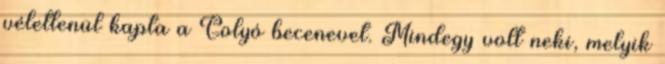
véletlenül kapta a Golyó becenevet. Mindegy volt neki, melyik